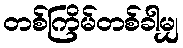
တစ်ကြိမ်တစ်ခါမျှ